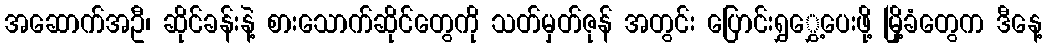
အဆောက်အဦ၊ ဆိုင်ခန်းနဲ့ စားသောက်ဆိုင်တွေကို သတ်မှတ်ဇုန် အတွင်း ပြောင်းရွှွှေ့ပေးဖို့ မြို့ခံတွေက ဒီနေ့